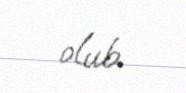
olub.